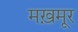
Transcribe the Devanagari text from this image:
मख़मूर